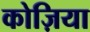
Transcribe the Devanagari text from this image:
कोज़िया